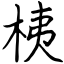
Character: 桋